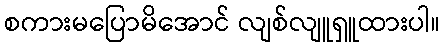
စကားမပြောမိအောင် လျစ်လျူရှူထားပါ။